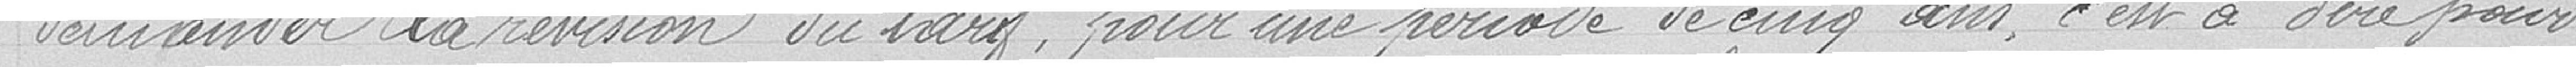
Demander la révision du tarif, pour une période de cinq ans, c'est à dire pour